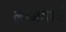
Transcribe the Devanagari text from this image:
लाओसचे